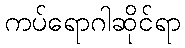
ကပ်ရောဂါဆိုင်ရာ